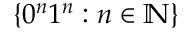
\{ 0 ^ { n } 1 ^ { n } : n \in \mathbb { N } \}